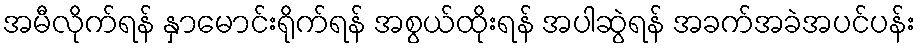
အမီလိုက်ရန် နှာမောင်းရိုက်ရန် အစွယ်ထိုးရန် အပါဆွဲရန် အခက်အခဲအပင်ပန်း